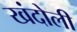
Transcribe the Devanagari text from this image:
खंदोली